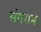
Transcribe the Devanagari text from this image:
संगराम